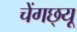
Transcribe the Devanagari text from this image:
चेंगछ्यू